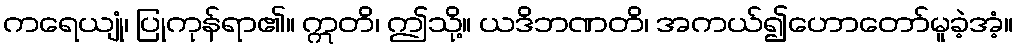
ကရေယျုံ၊ ပြုကုန်ရာ၏။ ဣတိ၊ ဤသို့။ ယဒိဘဏတိ၊ အကယ်၍ဟောတော်မူခဲ့အံ့။